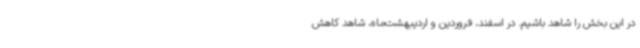
در این بخش را شاهد باشیم. در اسفند، فروردین و اردیبهشت‌ماه، شاهد کاهش